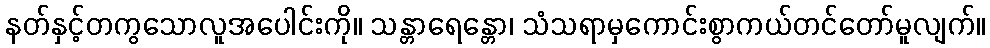
နတ်နှင့်တကွသောလူအပေါင်းကို။ သန္တာရေန္တော၊ သံသရာမှကောင်းစွာကယ်တင်တော်မူလျက်။